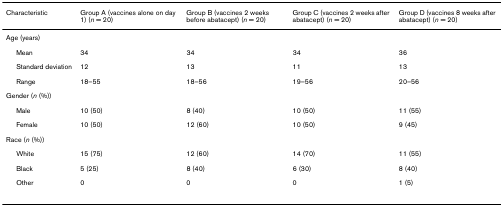
| Characteristic | Group A (vaccines alone on day 1) (n = 20) | Group B (vaccines 2 weeks before abatacept) (n = 20) | Group C (vaccines 2 weeks after abatacept) (n = 20) | Group D (vaccines 8 weeks after abatacept) (n = 20) |
 | --- | --- | --- | --- | --- |
 | Age (years) |  |  |  |  |
 | Mean | 34 | 34 | 34 | 36 |
 | Standard deviation | 12 | 13 | 11 | 13 |
 | Range | 18–55 | 18–56 | 19–56 | 20–56 |
 | Gender (n (%)) |  |  |  |  |
 | Male | 10 (50) | 8 (40) | 10 (50) | 11 (55) |
 | Female | 10 (50) | 12 (60) | 10 (50) | 9 (45) |
 | Race (n (%)) |  |  |  |  |
 | White | 15 (75) | 12 (60) | 14 (70) | 11 (55) |
 | Black | 5 (25) | 8 (40) | 6 (30) | 8 (40) |
 | Other | 0 | 0 | 0 | 1 (5) |